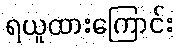
ရယူထားကြောင်း